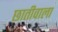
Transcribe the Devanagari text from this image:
छातीवाला